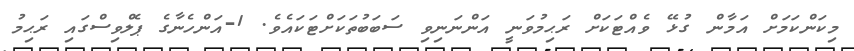
މިކަންކަމަށް އަމާން ގުޅޭ ވެއްޓަކަށް ރަޙިމުވަނީ އަންނަނިވި ސަބަބުތަކަށްޓަކައެވެ. 1-އަންހެނާގެ ޕެލްވިސްގައި ރަޙިމު